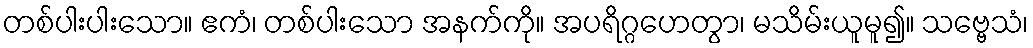
တစ်ပါးပါးသော။ ဧကံ၊ တစ်ပါးသော အနက်ကို။ အပရိဂ္ဂဟေတွာ၊ မသိမ်းယူမူ၍။ သဗ္ဗေသံ၊